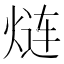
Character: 𮳬